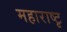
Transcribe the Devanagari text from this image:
महाराष्टृ